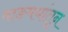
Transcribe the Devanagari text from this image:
वाङमयांतून